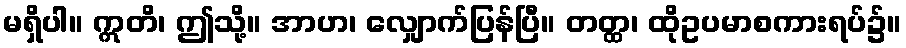
မရှိပါ။ ဣတိ၊ ဤသို့။ အာဟ၊ လျှောက်ပြန်ပြီ။ တတ္ထ၊ ထိုဥပမာစကားရပ်၌။